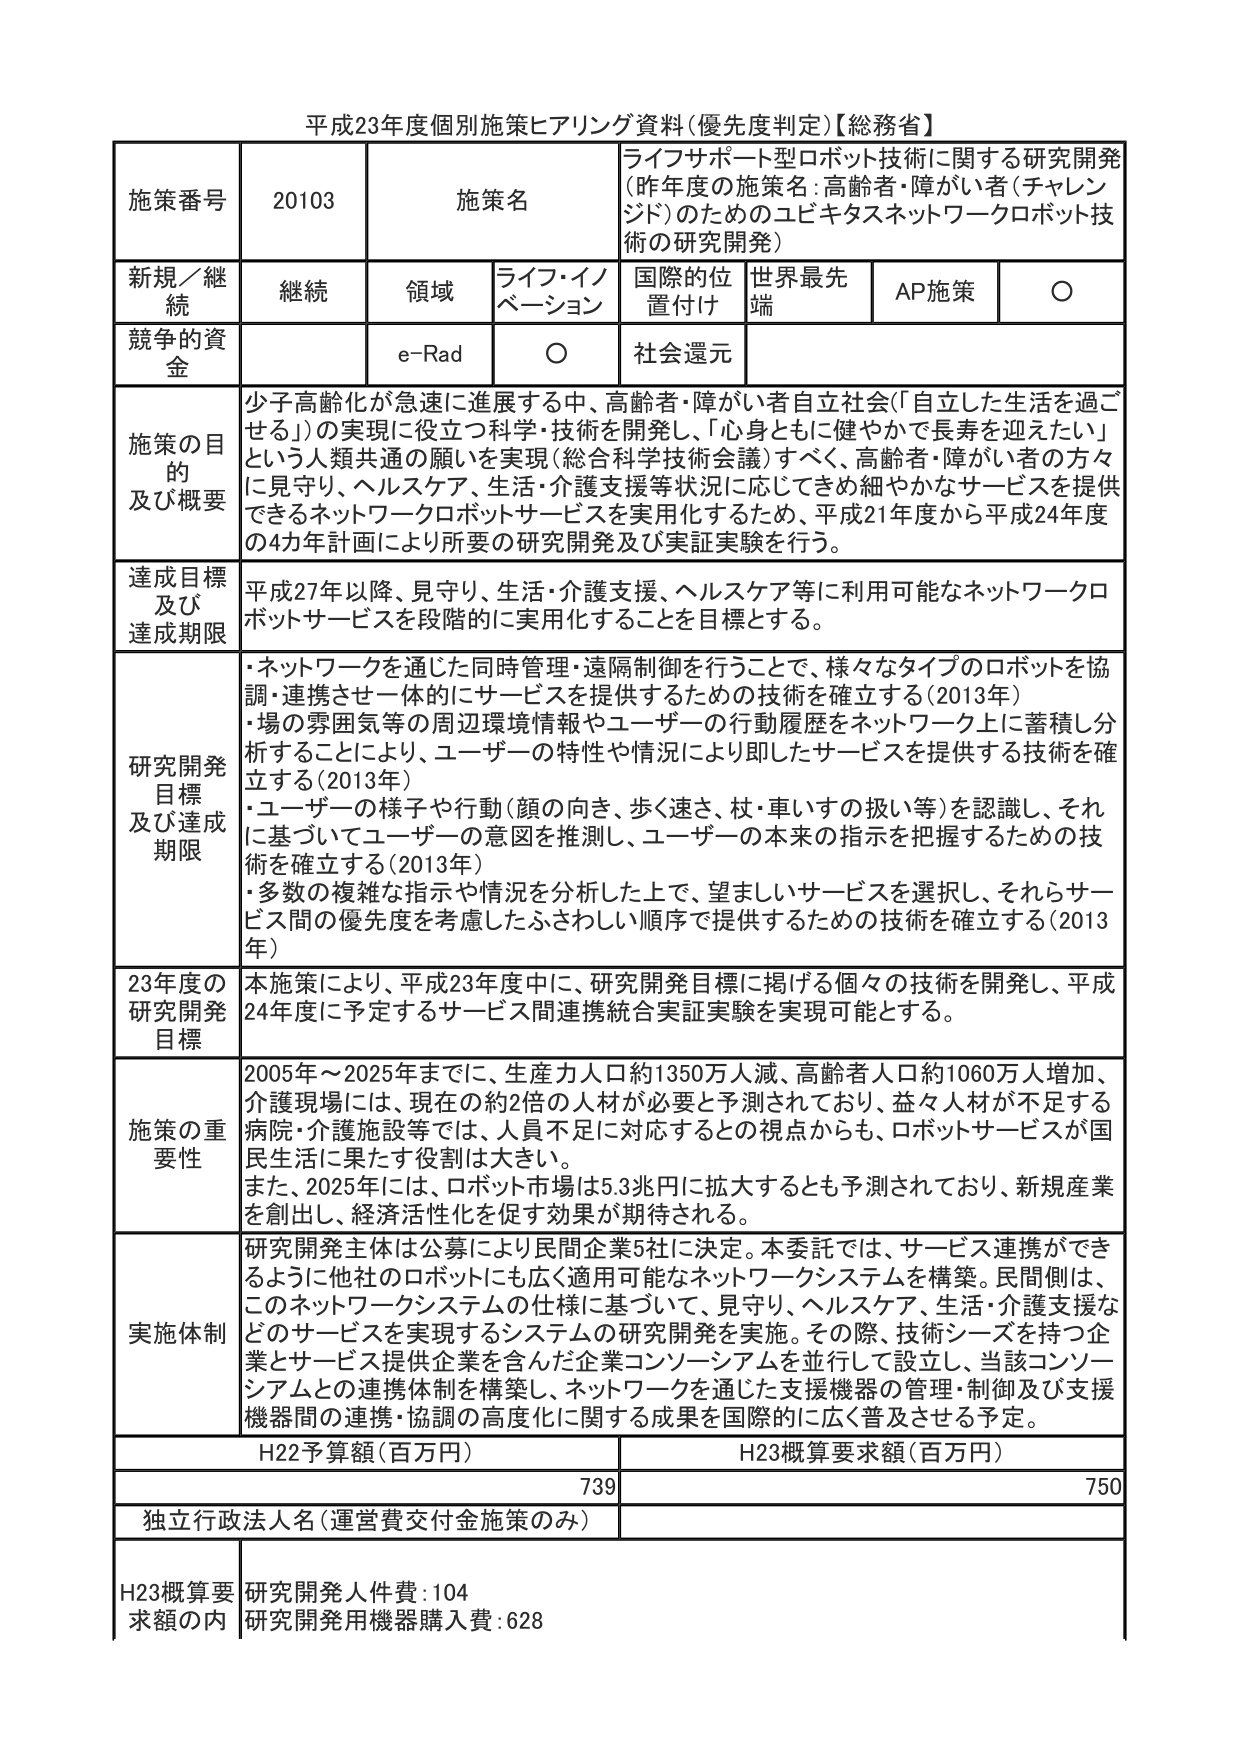
平成23年度個別施策ヒアリング資料（優先度判定）【総務省】

施策番号 20103 施策名 ライフサポート型ロボット技術に関する研究開発（昨年度の施策名：高齢者・障がい者（チャレンジド）のためのユビキタスネットワークロボット技術の研究開発）

新規／継続 継続 領域 ライフ・イノベーション 国際的位置付け 世界最先端 AP施策 ○

競争的資金 e-Rad ○ 社会還元

施策の目的及び概要 少子高齢化が急速に進展する中、高齢者・障がい者自立社会（「自立した生活を過ごせる」）の実現に役立つ科学・技術を開発し、「心身ともに健やかで長寿を迎えたい」という人類共通の願いを実現（総合科学技術会議）すべく、高齢者・障がい者の方々に見守り、ヘルスケア、生活・介護支援等状況に応じてきめ細やかなサービスを提供できるネットワークロボットサービスを実用化するため、平成21年度から平成24年度の4年間計画により所要の研究開発及び実証実験を行う。

達成目標及び達成期限 平成27年以降、見守り、生活・介護支援、ヘルスケア等に利用可能なネットワークロボットサービスを段階的に実用化することを目標とする。

研究開発目標及び達成期限 ・ネットワークを通じた同時管理・遠隔制御を行うことで、様々なタイプのロボットを協調・連携させ一体的にサービスを提供するための技術を確立する（2013年）
・場の雰囲気等の周辺環境情報やユーザーの行動履歴をネットワーク上に蓄積し分析することにより、ユーザーの特性や情況により即したサービスを提供する技術を確立する（2013年）
・ユーザーの様子や行動（顔の向き、歩く速さ、杖・車いすの扱い等）を認識し、それに基づいてユーザーの意図を推測し、ユーザーの本来の指示を把握するための技術を確立する（2013年）
・多数の複雑な指示や情況を分析した上で、望ましいサービスを選択し、それらサービス間の優先度を考慮したふさわしい順序で提供するための技術を確立する（2013年）

23年度の研究開発目標 本施策により、平成23年度中に、研究開発目標に掲げる個々の技術を開発し、平成24年度に予定するサービス間連携統合実証実験を実現可能とする。

施策の重要性 2005年～2025年までに、生産力人口約1350万人減、高齢者人口約1060万人増加、介護現場には、現在の約2倍の人材が必要と予測されており、益々人材が不足する病院・介護施設等では、人員不足に対応するとの視点からも、ロボットサービスが国民生活に果たす役割は大きい。
また、2025年には、ロボット市場は5.3兆円に拡大するとも予測されており、新規産業を創出し、経済活性化を促す効果が期待される。

実施体制 研究開発主体は公募により民間企業5社に決定。本委託では、サービス連携ができるように他社のロボットにも広く適用可能なネットワークシステムを構築。民間側は、このネットワークシステムの仕様に基づいて、見守り、ヘルスケア、生活・介護支援などのサービスを実現するシステムの研究開発を実施。その際、技術シーズを持つ企業とサービス提供企業を含んだ企業コンソーシアムを並行して設立し、当該コンソーシアムとの連携体制を構築し、ネットワークを通じた支援機器の管理・制御及び支援機器間の連携・協調の高度化に関する成果を国際的に広く普及させる予定。

H22予算額（百万円） 739 H23概算要求額（百万円） 750

独立行政法人名（運営費交付金施策のみ）

H23概算要求額の内 研究開発人件費：104 研究開発用機器購入費：628